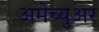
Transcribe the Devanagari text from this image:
अमेच्युअर